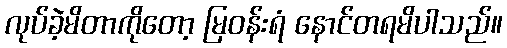
လုပ်ခဲ့မိတာကိုတော့ မြဝန်းရံ နောင်တရမိပါသည်။